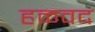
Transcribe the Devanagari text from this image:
हळवद